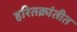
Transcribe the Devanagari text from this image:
हरितक्रांतीत